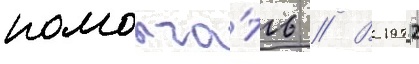
помолча́ть // В 1972